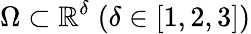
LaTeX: \Omega\subset\mathbb{R}^{\delta}\; (\delta\in[1,2,3])